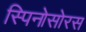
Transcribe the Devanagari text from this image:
स्‍पिनोसोरस